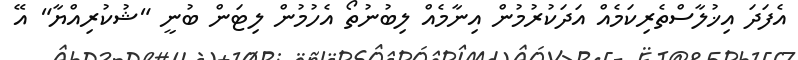
އެފަދަ އިޚުލާސްތެރިކަމެއް އަދަކުރުމުން އިނާމެއް ލިބުނުތޯ އެހުމުން ލިޓަން ބުނީ "ޝުކުރިއްޔާ" އޭ